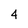
Character: 4